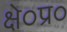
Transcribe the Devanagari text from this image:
क्षे०प्र०